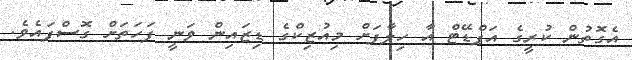
އެގޮތުން ކުރީގެ އަޕްޑޭޓް އާ ހިލާފަށް މިއުޒިކްގެ ޑިޒައިން ވަނީ ފަހަތަށް ގޮސްފައެވެ.